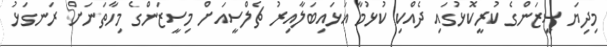
މިދިޔަ ސީޒަންގެ ކުރީކޮޅުގައި ދެއްކި ކުޅުމާ އަޅައިބަލާއިރު ޗެލްސީއަށް މިސީޒަންގެ މިހާތަނަށް ރަނގަޅު